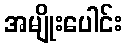
အမျိုးပေါင်း